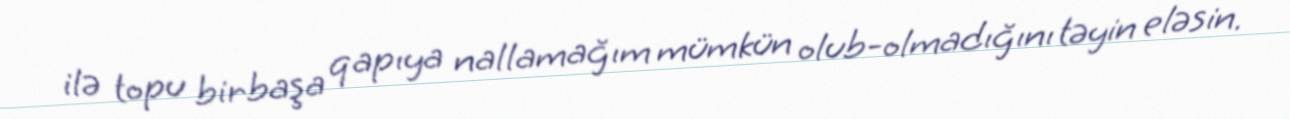
ilə topu birbaşa qapıya nallamağım mümkün olub-olmadığını təyin eləsin.